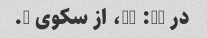
در 16: 35، از سکوی 8.